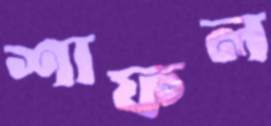
শাফল